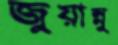
জুয়ান্নু